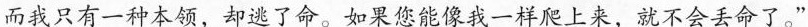
而我只有一种本领，却逃了命。如果您能像我一样爬上来，就不会丢命了。”